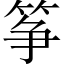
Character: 筝